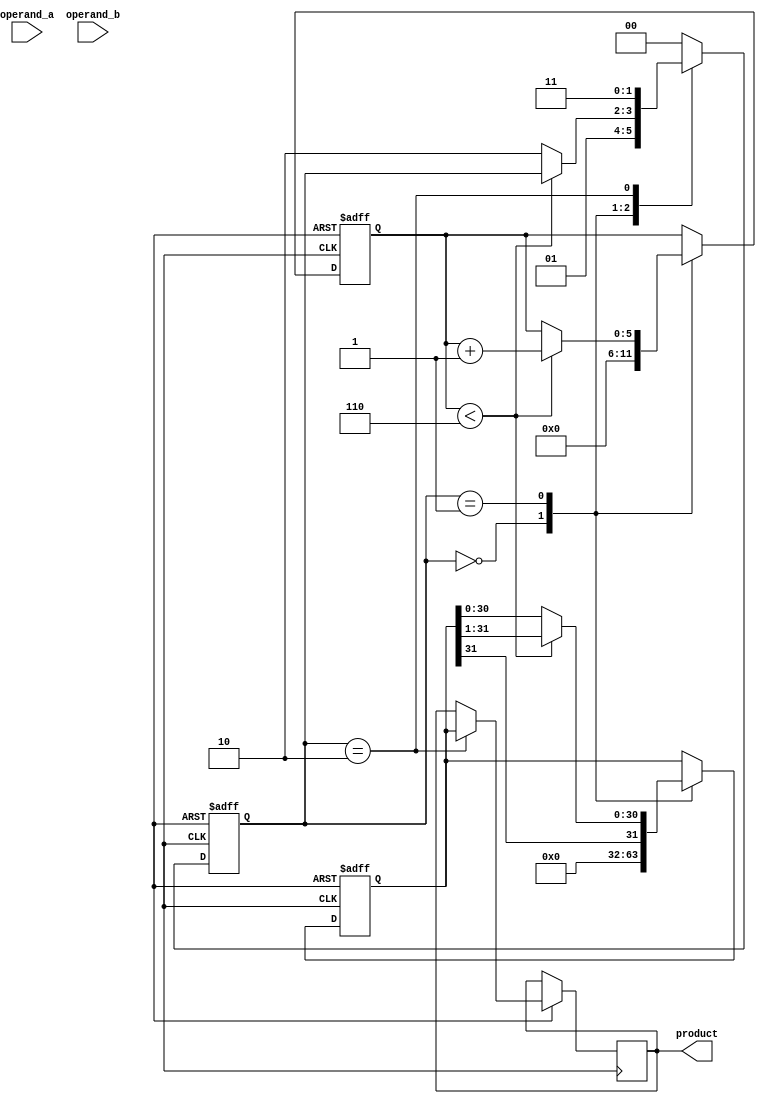
module booth_multiplier (
    input [15:0] operand_a,
    input [15:0] operand_b,
    output [31:0] product
);

reg [15:0] multiplicand;
reg [15:0] multiplier;
reg [31:0] acc;
reg [5:0] count;
reg sign_bit;
reg [1:0] state;

always @(posedge clock or negedge reset) begin
    if (!reset) begin
        multiplicand <= 16'b0;
        multiplier <= 16'b0;
        acc <= 32'b0;
        count <= 6'b0;
        sign_bit <= 1'b0;
        state <= 2'b0;
    end else begin
        case (state)
            2'b00: begin // Initialization state
                multiplicand <= operand_a;
                multiplier <= operand_b;
                acc <= 32'b0;
                sign_bit <= 1'b0;
                count <= 6'b0;
                state <= 2'b01;
            end
            2'b01: begin // Booth algorithm implementation state
                if (count < 6) begin
                    if (multiplier[0] && !sign_bit) begin
                        acc <= acc - multiplicand;
                    end else if (!multiplier[0] && sign_bit) begin
                        acc <= acc + multiplicand;
                    end
                    acc = {acc[30], acc[31], acc[31:1]};
                    multiplier = {multiplier[0], multiplier};
                    sign_bit <= multiplier[1] ^ multiplier[0];
                    count <= count + 1;
                end else begin
                    state <= 2'b10;
                end
            end
            2'b10: begin // Result extraction state
                product <= acc;
                state <= 2'b11;
            end
            default: begin
                state <= 2'b00;
            end
        endcase
    end
end

endmodule